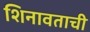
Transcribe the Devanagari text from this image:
शिनावताची